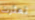
تعثرت